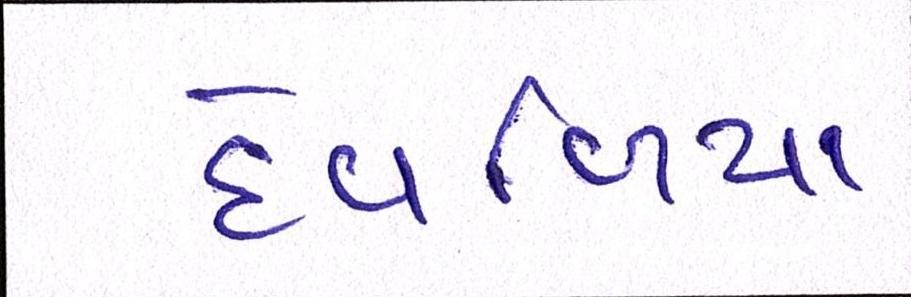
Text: દેવળિયા